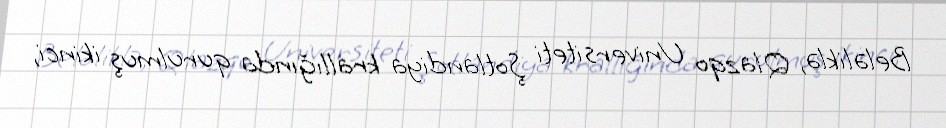
Beləliklə, Qlazqo Universiteti Şotlandiya krallığında qurulmuş ikinci,